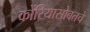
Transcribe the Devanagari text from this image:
कोरियासोबतचे